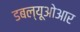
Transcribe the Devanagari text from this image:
डबल्यूओआर